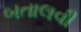
બતાલવી